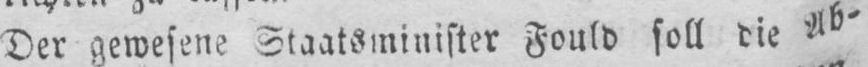
Der gewesene Staatsminister Fould soll die Ab-